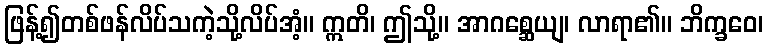
ဖြန့်၍တစ်ဖန်လိပ်သကဲ့သို့လိပ်အံ့။ ဣတိ၊ ဤသို့။ အာဂစ္ဆေယျ၊ လာရာ၏။ ဘိက္ခဝေ၊